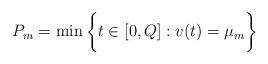
LaTeX: \begin{align*}P_m = \min \bigg\{ t \in [0,Q] : v(t)= \mu_m \bigg\}\end{align*}